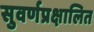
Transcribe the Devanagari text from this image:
सुवर्णप्रक्षालित